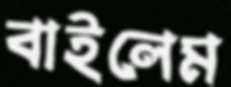
বাইলেম